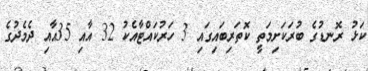
ކަޅު ރޮނޑުގެ ބުރަކަށިމަތީ ކޮތަރިބައިގައި 3 ހަރުކައްޓާއެކު 32 އާއި 35އާއި ދެމެދުގެ